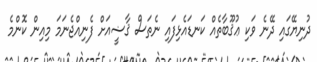
ދުނިޔޭގައި ދޭނެ ވަކި ޢުޤޫބާތެއް ކަނޑައެޅިފައި ނެތަސް ޤާޟީއަށް ފެނިއްޖެނަމަ މިއިން ކޮންމެ